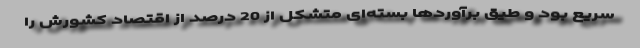
سریع بود و طیق برآوردها بسته‌ای متشکل از 20 درصد از اقتصاد کشورش را